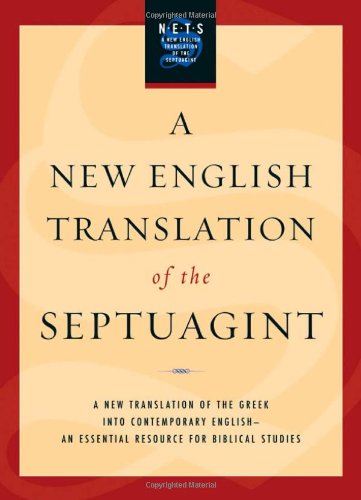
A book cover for A New English Translation of the Septuagint; Religion & Spirituality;